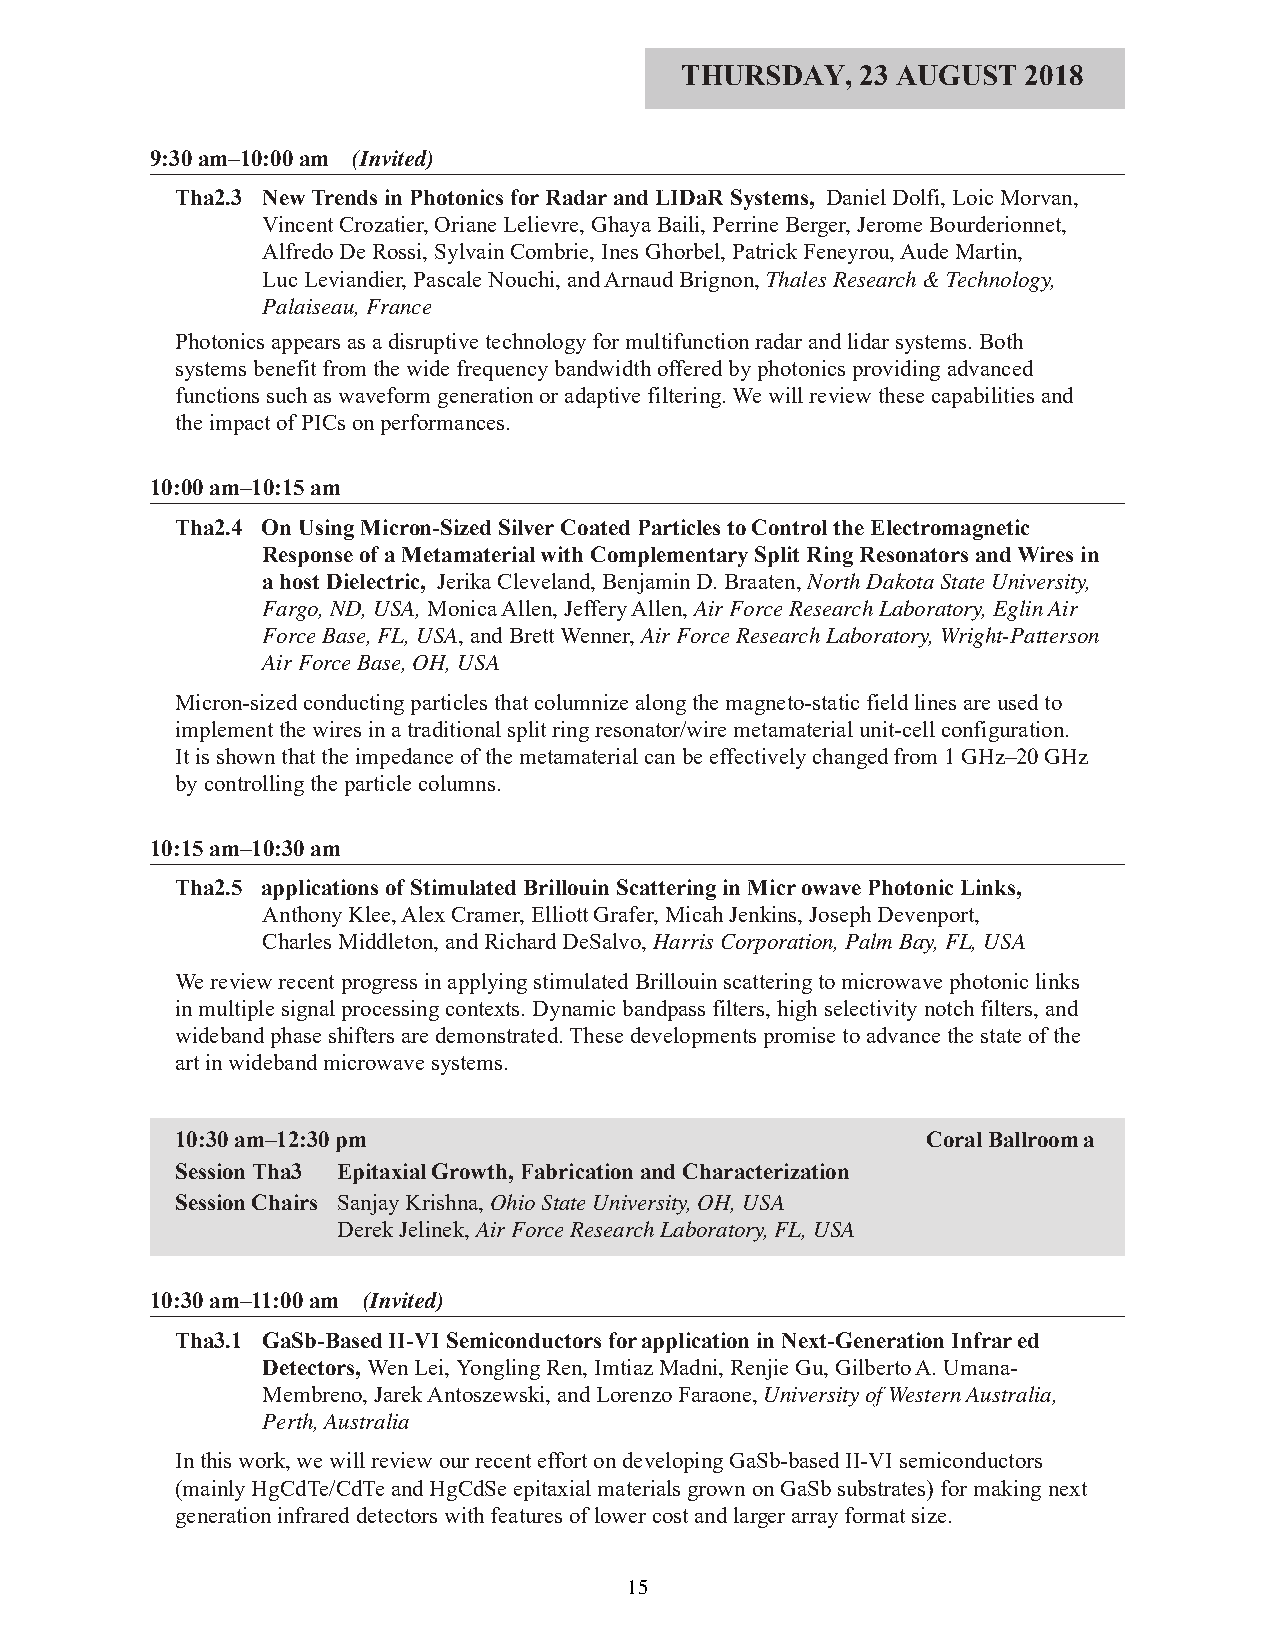
THURSDAY,   23 AUGUST  2018
 9:30 am–10:00 am (Invited)
 Tha2.3 New Trends in Photonics for Radar and LIDaR Systems, Daniel Dolfi, Loic Morvan,
 Vincent Crozatier, Oriane Lelievre, Ghaya Baili, Perrine Berger, Jerome Bourderionnet,
 Alfredo De Rossi, Sylvain Combrie, Ines Ghorbel, Patrick Feneyrou, Aude Martin,
 Luc Leviandier, Pascale Nouchi, and Arnaud Brignon, Thales Research & Technology,
 Palaiseau, France
 Photonics appears as a disruptive technology for multifunction radar and lidar systems. Both
 systems benefit from the wide frequency bandwidth offered by photonics providing advanced
 functions such as waveform generation or adaptive filtering. We will review these capabilities and
 the impact of PICs on performances.
 10:00 am–10:15 am
 Tha2.4 On Using Micron-Sized Silver Coated Particles to Control the Electromagnetic
 Response of a Metamaterial with Complementary Split Ring Resonators and Wires in
 a host Dielectric, Jerika Cleveland, Benjamin D. Braaten, North Dakota State University,
 Fargo, ND, USA, Monica Allen, Jeffery Allen, Air Force Research Laboratory, Eglin Air
 Force Base, FL, USA, and Brett Wenner, Air Force Research Laboratory, Wright-Patterson
 Air Force Base, OH, USA
 Micron-sized conducting particles that columnize along the magneto-static field lines are used to
 implement the wires in a traditional split ring resonator/wire metamaterial unit-cell configuration.
 It is shown that the impedance of the metamaterial can be effectively changed from 1 GHz–20 GHz
 by controlling the particle columns.
 10:15 am–10:30 am
 Tha2.5 applications of Stimulated Brillouin Scattering in Microwave Photonic Links,
 Anthony Klee, Alex Cramer, Elliott Grafer, Micah Jenkins, Joseph Devenport,
 Charles Middleton, and Richard DeSalvo, Harris Corporation, Palm Bay, FL, USA
 We review recent progress in applying stimulated Brillouin scattering to microwave photonic links
 in multiple signal processing contexts. Dynamic bandpass filters, high selectivity notch filters, and
 wideband phase shifters are demonstrated. These developments promise to advance the state of the
 art in wideband microwave systems.
 10:30 am–12:30 pm                                Coral Ballroom a
 Session Tha3 Epitaxial Growth, Fabrication and Characterization
 Session Chairs Sanjay Krishna, Ohio State University, OH, USA
 Derek Jelinek, Air Force Research Laboratory, FL, USA
 10:30 am–11:00 am (Invited)
 Tha3.1 GaSb-Based II-VI Semiconductors for application in Next-Generation Infrared
 Detectors, Wen Lei, Yongling Ren, Imtiaz Madni, Renjie Gu, Gilberto A. Umana-
 Membreno, Jarek Antoszewski, and Lorenzo Faraone, University of Western Australia,
 Perth, Australia
 In this work, we will review our recent effort on developing GaSb-based II-VI semiconductors
 (mainly HgCdTe/CdTe and HgCdSe epitaxial materials grown on GaSb substrates) for making next
 generation infrared detectors with features of lower cost and larger array format size.
 15